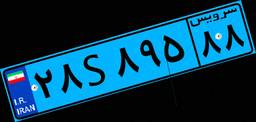
۵۳S۰۱۲۱۳